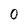
Character: 0